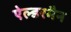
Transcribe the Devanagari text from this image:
ऐल्डरमैन